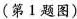
(第1题图)